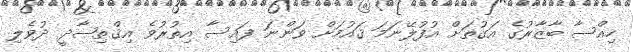
ހިއްސާ ބާޒާރުގެ އަގުތަށް އުފުލޭނަމަ ޤައުމަށް ވަންނަ ފައިސާ އިތުރުވެ އިޤްތިޞާދީ ދުވެލި